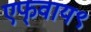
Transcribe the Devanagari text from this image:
एफ्‌वाय९